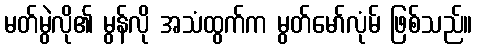
မတ်မွဲလို၏ မွန်လို အသံထွက်က မွတ်မော်လုံမ် ဖြစ်သည်။